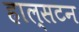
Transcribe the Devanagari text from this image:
हाल्सटन